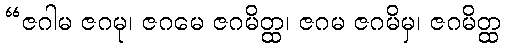
“ဇဂါမ ဇဂမု၊ ဇဂမေ ဇဂမိတ္ထ၊ ဇဂမ ဇဂမိမှ၊ ဇဂမိတ္ထ